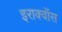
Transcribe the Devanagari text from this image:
इराक्वॉस